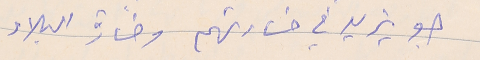
جو يزيد في خسارتهم وخسارة البلاد